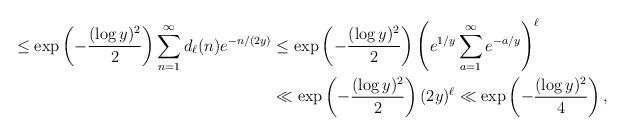
LaTeX: \begin{align*} \leq \exp\left(-\frac{(\log y)^2}{2}\right)\sum_{n=1}^{\infty}d_{\ell}(n)e^{-n/(2y)} & \leq \exp\left(-\frac{(\log y)^2}{2}\right)\left(e^{1/y}\sum_{a=1}^{\infty}e^{-a/y}\right)^{\ell}\\ & \ll \exp\left(-\frac{(\log y)^2}{2}\right) (2y)^{\ell} \ll \exp\left(-\frac{(\log y)^2}{4}\right),\end{align*}